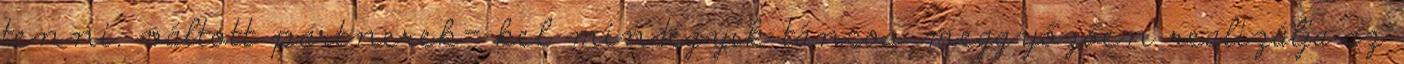
tenni: váltott partnerek- kel mindegyik táncos meggyőzően realizálja az